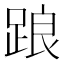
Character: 踉